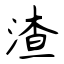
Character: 渣